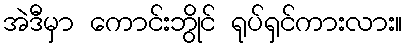
အဲဒီမှာ ကောင်းဘွိုင် ရုပ်ရှင်ကားလား။